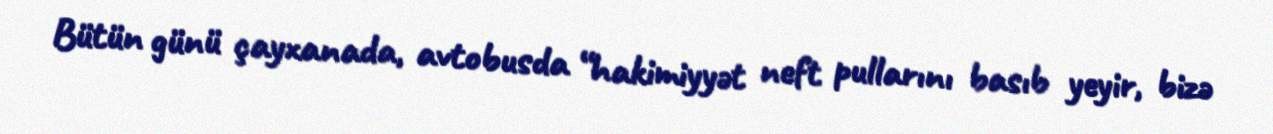
Bütün günü çayxanada, avtobusda “hakimiyyət neft pullarını basıb yeyir, bizə